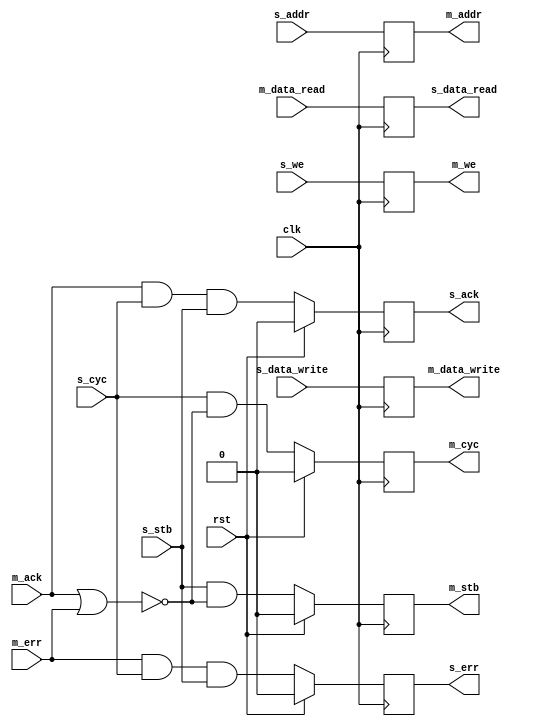
module wb_reg (
	input clk, rst,

	output reg s_ack, s_err,
	input s_cyc, s_stb, s_we,
	input [ADDR_WIDTH - 1:0] s_addr,
	input [DATA_WIDTH - 1:0] s_data_write,
	output reg [DATA_WIDTH - 1:0] s_data_read,

	input m_ack, m_err,
	output reg m_cyc, m_stb, m_we,
	output reg [ADDR_WIDTH - 1:0] m_addr,
	output reg [DATA_WIDTH - 1:0] m_data_write,
	input [DATA_WIDTH - 1:0] m_data_read
);

	parameter ADDR_WIDTH	= 16;
	parameter DATA_WIDTH	= 16;

	initial begin
		s_ack = 0;
		s_err = 0;
		m_cyc = 0;
		m_stb = 0;
	end

	always @(posedge clk) begin
		if (rst) begin
			s_ack <= 0;
			s_err <= 0;
			m_cyc <= 0;
			m_stb <= 0;
		end else begin
			s_ack <= m_ack && s_cyc && s_stb;
			s_err <= m_err && s_cyc && s_stb;
			m_cyc <= s_cyc && !(m_ack || m_err);
			m_stb <= s_stb && !(m_ack || m_err);
		end
		s_data_read <= m_data_read;
		m_we <= s_we;
		m_addr <= s_addr;
		m_data_write <= s_data_write;
	end

endmodule